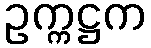
ဥက္ကဋ္ဌက